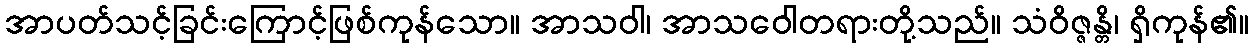
အာပတ်သင့်ခြင်းကြောင့်ဖြစ်ကုန်သော။ အာသဝါ၊ အာသဝေါတရားတို့သည်။ သံဝိဇ္ဇန္တိ၊ ရှိကုန်၏။